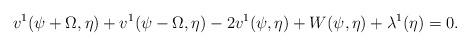
LaTeX: \begin{align*} v^1(\psi+\Omega,\eta) + v^1(\psi-\Omega,\eta) - 2v^1(\psi,\eta) + W (\psi, \eta) + \lambda^1(\eta) &= 0. \end{align*}